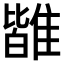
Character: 𩀊